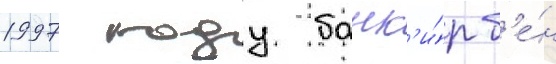
1997 году банк'и́р б'е́н